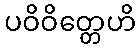
ပဝိဝိတ္တေဟိ